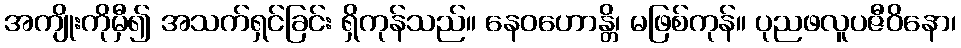
အကျိုးကိုမှီ၍ အသက်ရှင်ခြင်း ရှိကုန်သည်။ နေဝဟောန္တိ၊ မဖြစ်ကုန်။ ပုညဖလူပဇီဝိနော၊